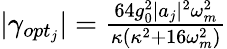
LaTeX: \begin{array}{r}{|\gamma_{opt_{j}}|=\frac{64g_{0}^{2}|a_{j}|^{2}\omega_{m}^{2}}{\kappa(\kappa^{2}+16\omega_{m}^{2})}}\end{array}